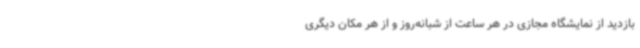
بازدید از نمایشگاه مجازی در هر ساعت از شبانه‌روز و از هر مکان دیگری